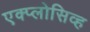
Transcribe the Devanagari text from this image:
एक्प्लोसिव्ह